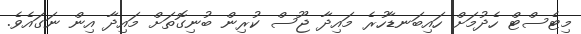
މިޓެސްޓް ހެދުމަށް ހައިބަނޑާހުރެ މައިދާ ޖޫސް ކުރިން ބުނިގޮތަށް މައިދާ އިން ނަގައެވެ.